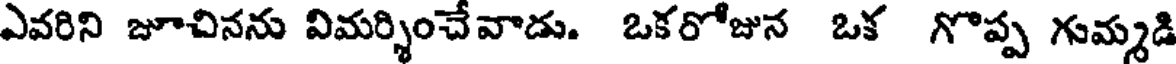
ఎవరిని జూచినను విమర్శించేవాడు. ఒకరోజున ఒక గొప్ప గుమ్మడి